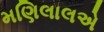
મણિલાલએ